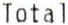
TOTAL